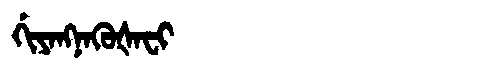
Manchu: ᡤᡳᠶᠠᠩᠨᠠᡴᡠᡧᠠᠸᡳ
Romanization: GIYANGNAKUŠAFI